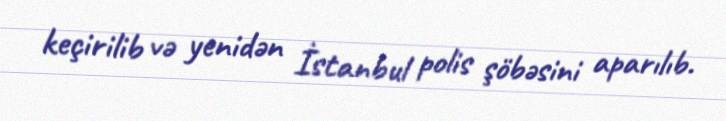
keçirilib və yenidən İstanbul polis şöbəsini aparılıb.